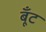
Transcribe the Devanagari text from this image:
बूँट